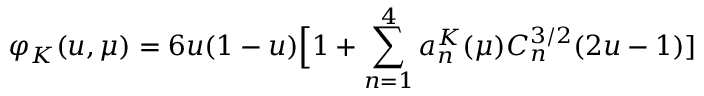
\varphi _ { K } ( u , \mu ) = 6 u ( 1 - u ) \Big [ 1 + \sum _ { n = 1 } ^ { 4 } a _ { n } ^ { K } ( \mu ) C _ { n } ^ { 3 / 2 } ( 2 u - 1 ) ]